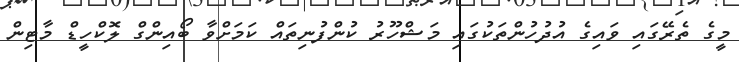
މީގެ ތެރޭގައި ވައިގެ އުދުހުންތަކުގައި މަޝްހޫރު ކުންފުނިތައް ކަމަށްވާ ބޯއިންގް ލޮކްހީޑް މާޓިން